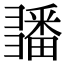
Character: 𢑵